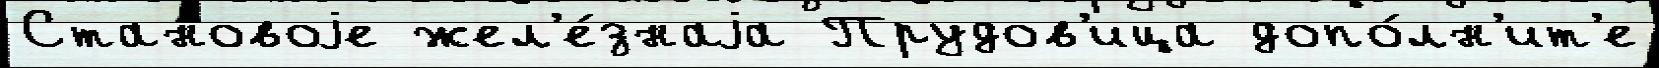
Становоjе жел'е́знаjа Прудов'ица допо́лн'ит'е